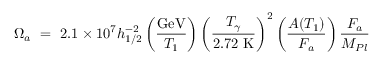
\Omega _ { a } \ = \ 2 . 1 \times 1 0 ^ { 7 } h _ { 1 / 2 } ^ { - 2 } \left( { \frac { \mathrm { G e V } } { T _ { 1 } } } \right) \left( \frac { T _ { \gamma } } { 2 . 7 2 \ \mathrm { K } } \right) ^ { 2 } \left( { \frac { A ( T _ { 1 } ) } { F _ { a } } } \right) { \frac { F _ { a } } { M _ { P l } } }